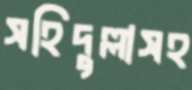
সহিদুল্লাসহ